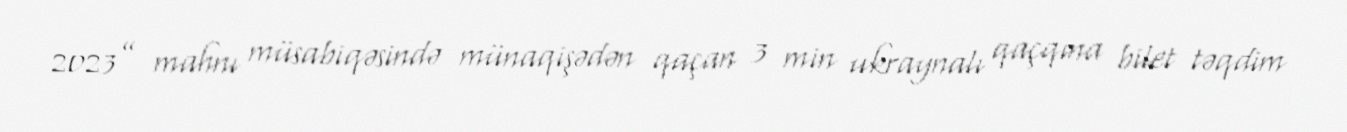
2023” mahnı müsabiqəsində münaqişədən qaçan 3 min ukraynalı qaçqına bilet təqdim